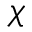
\chi